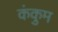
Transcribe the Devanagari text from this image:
कंकुम